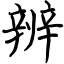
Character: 辨